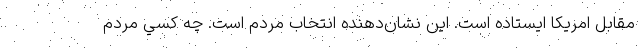
مقابل امريكا ايستاده است. اين نشان‌دهنده انتخاب مردم است. چه كسي مردم